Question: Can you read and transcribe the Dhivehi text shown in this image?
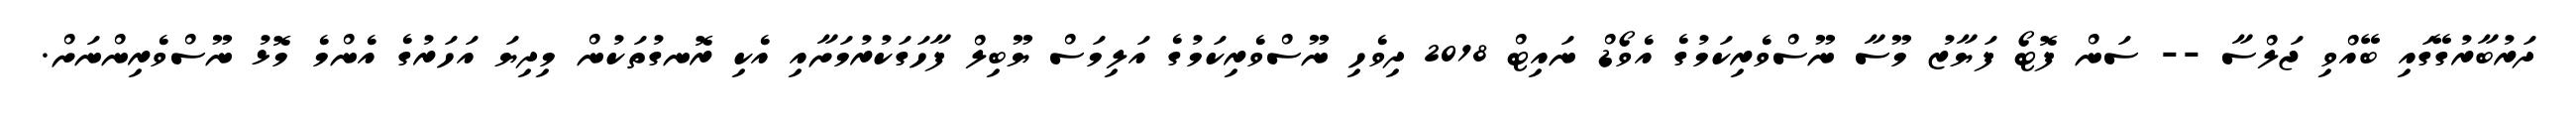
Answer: ދަރުބާރުގޭގައި ބޭއްވި ޖަލްސާ -- ސަން ފޮޓޯ ފަޔާޒު މޫސާ ނޫސްވެރިކަމުގެ އެވޯޑް ނައިޓް 2018 ދިވެހި ނޫސްވެރިކަމުގެ އަލިމަސް ޔޫބިލް ފާހަގަކުރުމަށާއި އެކި ރޮނގުތަކުން މިދިޔަ އަހަރުގެ އެންމެ މޮޅު ނޫސްވެރިންނަށް.